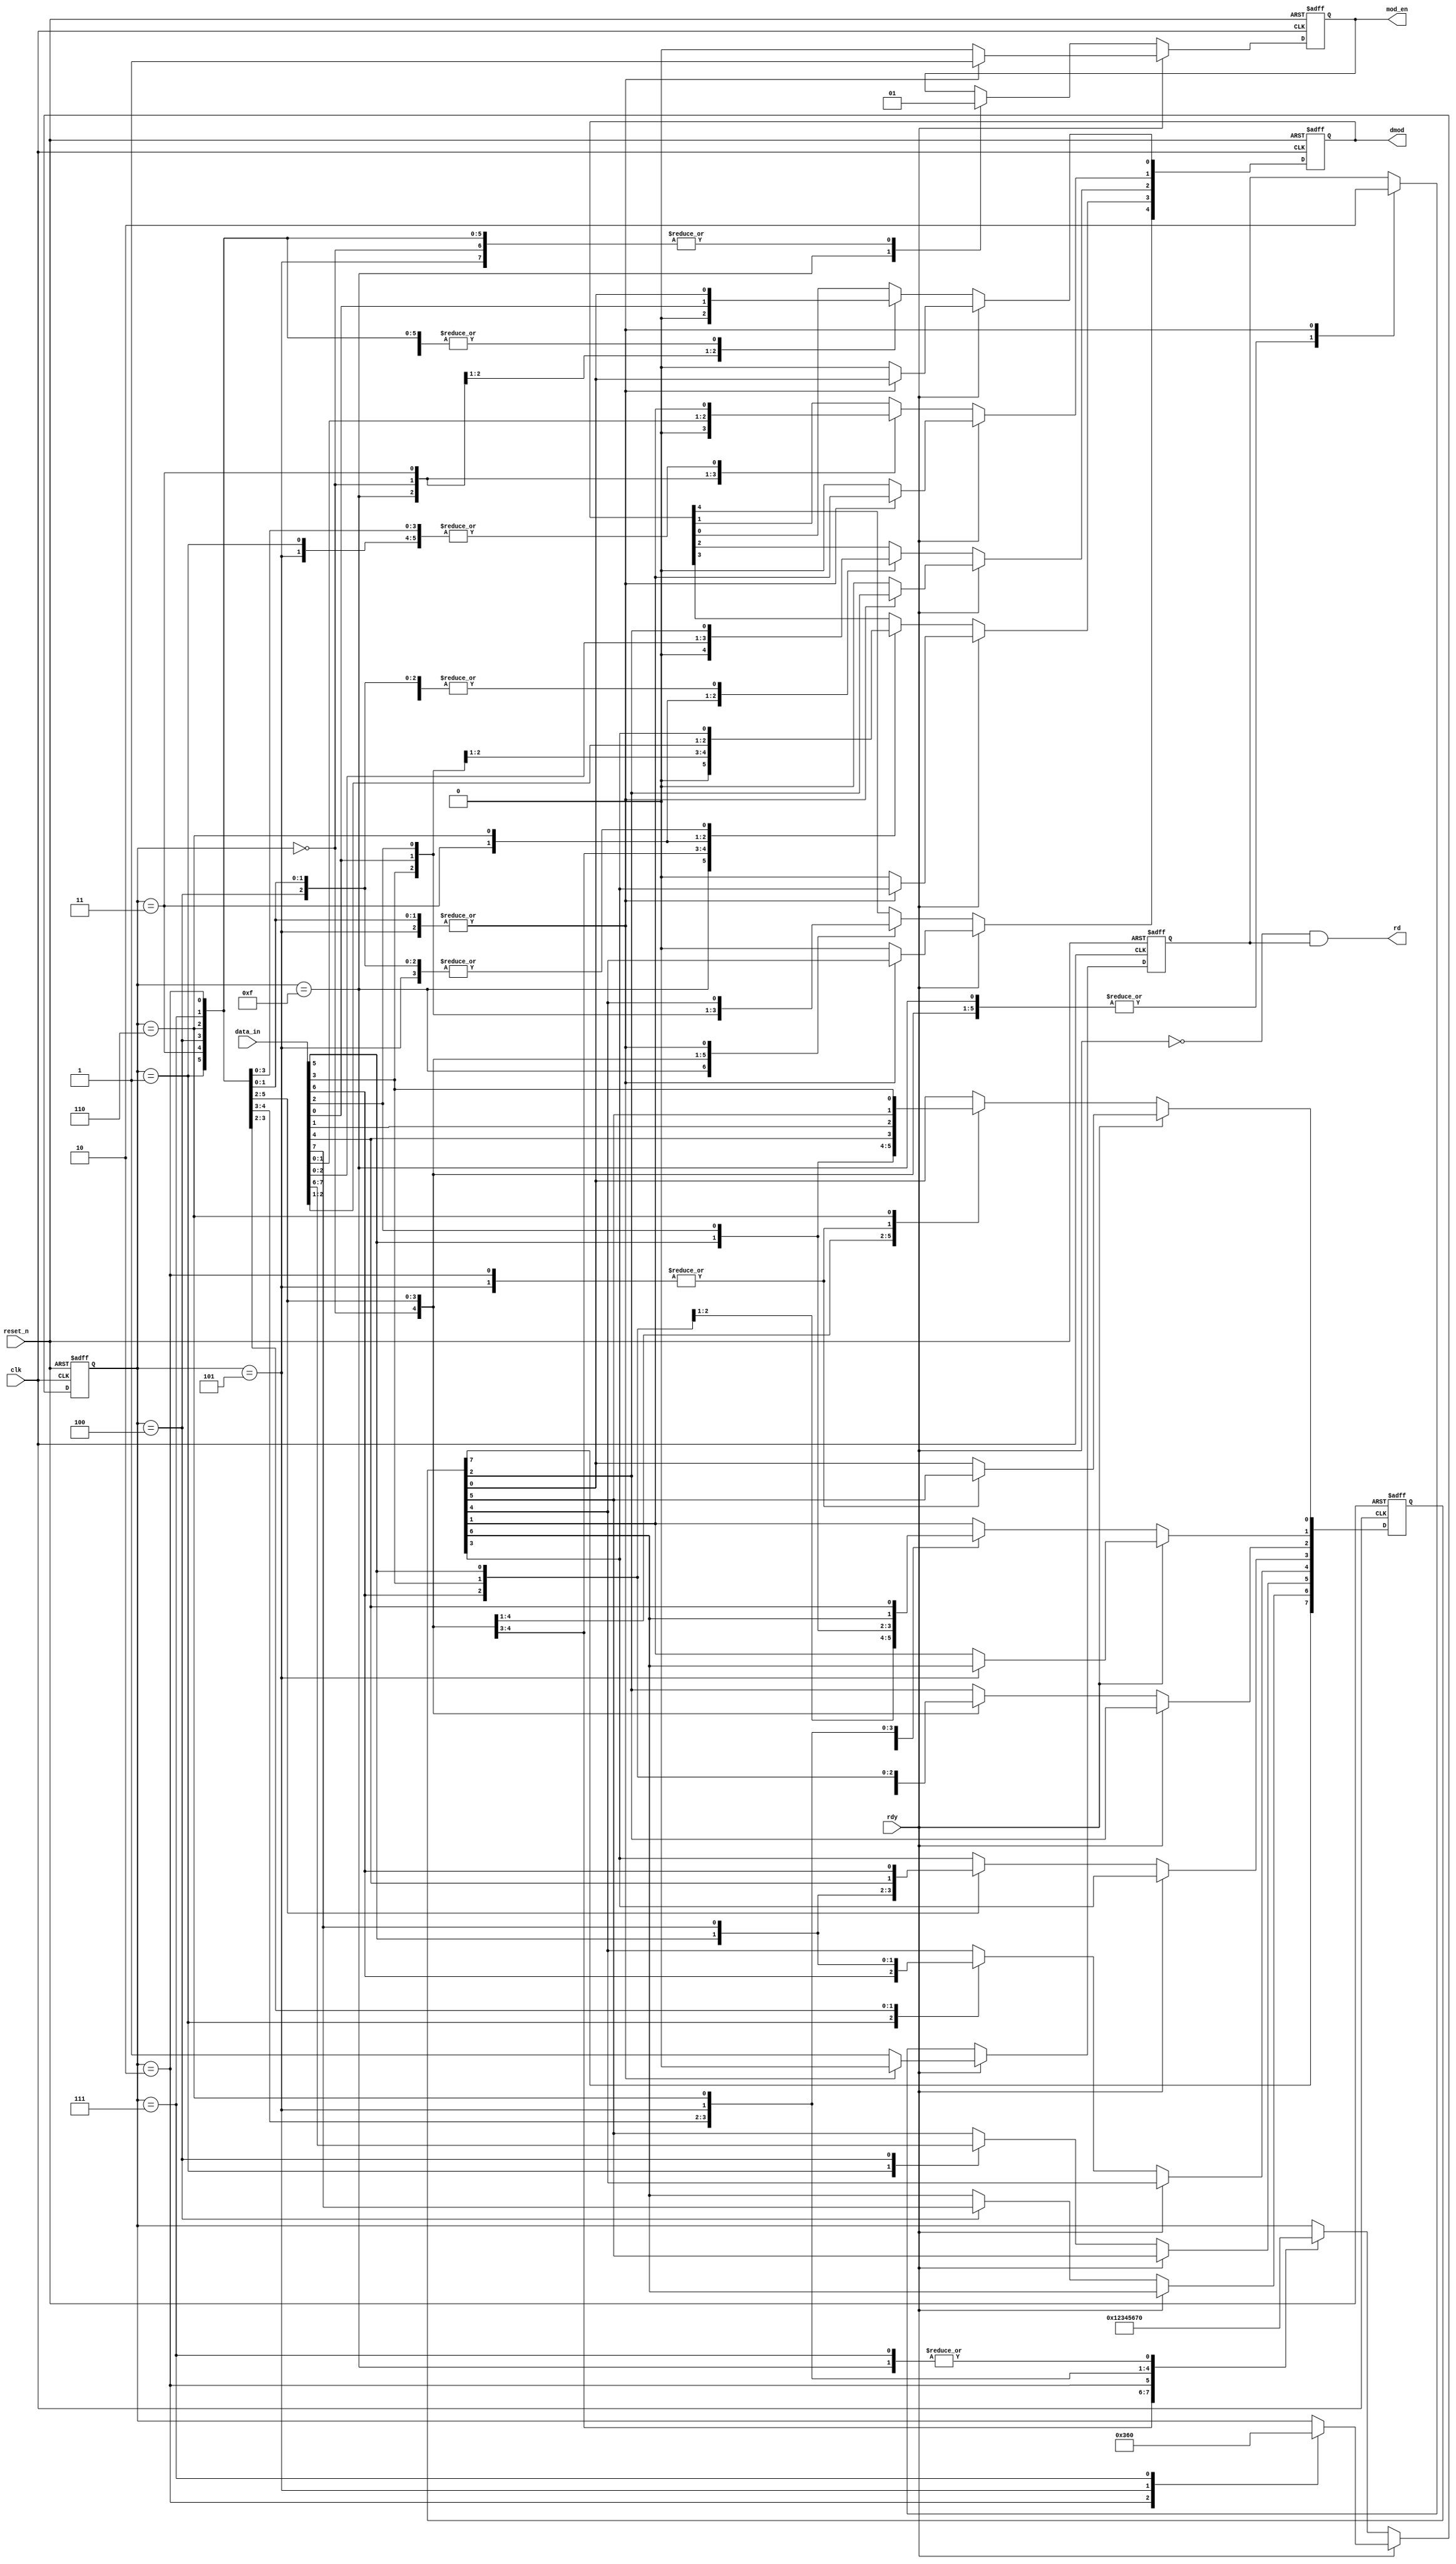
module data_mod(
 input  wire      clk,
 input  wire      reset_n,
 input  wire      rdy,
 input  wire[7:0] data_in,
 output reg [4:0] dmod,
 output reg       mod_en,
 output wire      rd
);
parameter zeroo = 4'hf, zero = 4'h0, one = 4'h1, two = 4'h2, there = 4'h3, four = 4'h4, five = 4'h5, six = 4'h6, seven = 4'h7;
reg [3:0] state;
reg [7:0] buffer;
reg read_eable;
always@(posedge clk, negedge reset_n)begin
	if(!reset_n)begin
		mod_en     <= 0;
		dmod       <= 0;
		read_eable <= 0;
		state      <= 4'hf;
		buffer     <= 0;
		end
	else if(!rdy) begin
		case(state)
			zeroo: begin
				dmod <= 0;
				mod_en <= 0;
				state <= 4'h0;
				read_eable <= 1;
				end

			 zero: begin
				dmod   <= data_in[4:0];
				mod_en <= 1;
				buffer[2:0] <= data_in[7:5];
				state  <= 4'h1;
				read_eable <= 1;
				end
			one: begin
				dmod[2:0] <= buffer[2:0];
				dmod[4:3] <= data_in[1:0];
				mod_en <= 1;
				buffer[5:0] <= data_in[7:2];
				state  <= 4'h2;
				read_eable <= 1;
				end
			two: begin
				dmod[4:0] <= buffer[4:0];
				mod_en <= 1;
				buffer[0] <= buffer[5];
				state  <= 4'h3;
				read_eable <= 0;
				end
			there: begin
				dmod[0] <= buffer[0];
				dmod[4:1] <= data_in[3:0];
				mod_en <= 1;
				buffer[3:0] <= data_in[7:4];
				state  <= 4'h4;
				read_eable <= 1;
				end
			four: begin
				dmod[3:0] <= buffer[3:0];
				dmod[4]   <= data_in[0];
				mod_en <= 1;
				buffer[6:0] <= data_in[7:1];
				state  <= 4'h5;
				read_eable <= 1;
				end
			five: begin
				dmod[4:0] <= buffer[4:0];
				mod_en <= 1;
				buffer[1:0] <= buffer[6:5];
				state  <= 4'h6;
				read_eable <= 0;
				end
			six: begin
				dmod[1:0] <= buffer[1:0];
				dmod[4:2] <= data_in[2:0];
				mod_en <= 1;
				buffer[4:0] <= data_in[7:3];
				state  <= 4'h7;
				read_eable <= 1;
				end
			seven: begin
				dmod[4:0] <= buffer[4:0];
				mod_en <= 1;
				state  <= 4'h0;
				read_eable <= 0;
				end
			endcase
			end
	else begin
		case(state)	
			two: begin
				dmod[4:0] <= buffer[4:0];
				mod_en <= 1;
				buffer[0] <= buffer[5];
				state  <= 4'h3;
				read_eable <= 0;
				end
			five: begin
				dmod[4:0] <= buffer[4:0];
				mod_en <= 1;
				buffer[1:0] <= buffer[6:5];
				state  <= 4'h6;
				read_eable <= 0;
				end
			seven: begin
				dmod[4:0] <= buffer[4:0];
				mod_en <= 1;
				state  <= 4'h0;
				read_eable <= 0;
				end
			default: begin
				dmod[4:0] <= 0;
				mod_en <= 0;
				read_eable <= 1;
				end
		endcase
		end
	end
assign rd = !rdy & read_eable;
endmodule